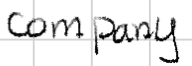
Text: company
Cross-out: clean
Writing tool: digital_black